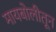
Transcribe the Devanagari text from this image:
मायबोलीतून